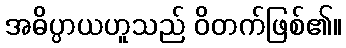
အဓိပ္ပာယဟူသည် ဝိတက်ဖြစ်၏။